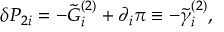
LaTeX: \delta { \cal P } _ { 2 i } = - \tilde { G } _ { i } ^ { ( 2 ) } + \partial _ { i } \pi \equiv - \tilde { \gamma } _ { i } ^ { ( 2 ) } ,